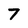
Character: 7